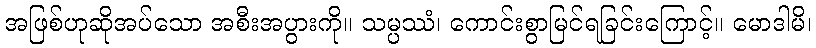
အဖြစ်ဟုဆိုအပ်သော အစီးအပွားကို။ သမ္ပဿံ၊ ကောင်းစွာမြင်ရခြင်းကြောင့်။ မောဒါမိ၊